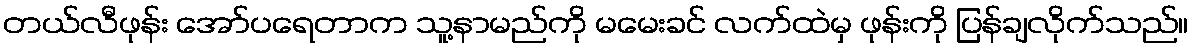
တယ်လီဖုန်း အော်ပရေတာက သူ့နာမည်ကို မမေးခင် လက်ထဲမှ ဖုန်းကို ပြန်ချလိုက်သည်။